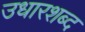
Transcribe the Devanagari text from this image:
उधारशब्द